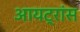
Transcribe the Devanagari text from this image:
आयट्रांस